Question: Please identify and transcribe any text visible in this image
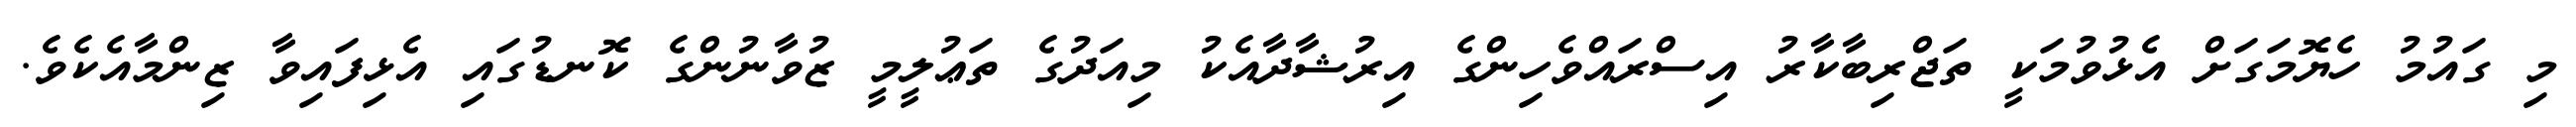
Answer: މި ގައުމު ހެޔޮމަގަށް އެޅުވުމަކީ ތަޖްރިބާކާރު އިސްރައްވެހިންގެ އިރުޝާދާއެކު މިއަދުގެ ތަޢުލީމީ ޒުވާނުންގެ ކޮނޑުގައި އެޅިފައިވާ ޒިންމާއެކެވެ.